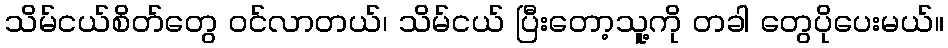
သိမ်ငယ်စိတ်တွေ ဝင်လာတယ်၊ သိမ်ငယ် ပြီးတော့သူ့ကို တခါ တွေပိုပေးမယ်။